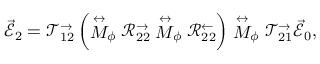
\vec { \mathcal { E } } _ { 2 } = \mathcal { T } _ { 1 2 } ^ { \rightarrow } \left( \stackrel { \leftrightarrow } { M } _ { \phi } \mathcal { R } _ { 2 2 } ^ { \rightarrow } \stackrel { \leftrightarrow } { M } _ { \phi } \mathcal { R } _ { 2 2 } ^ { \leftarrow } \right) \stackrel { \leftrightarrow } { M } _ { \phi } \mathcal { T } _ { 2 1 } ^ { \rightarrow } \vec { \mathcal { E } } _ { 0 } ,